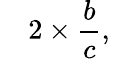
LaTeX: \quad 2\times{\frac{b}{c}},\quad